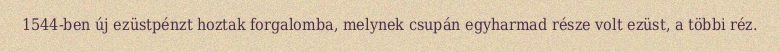
1544-ben új ezüstpénzt hoztak forgalomba, melynek csupán egyharmad része volt ezüst, a többi réz.